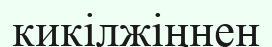
кикілжіңнен